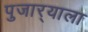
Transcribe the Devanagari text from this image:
पुजार्‍याला